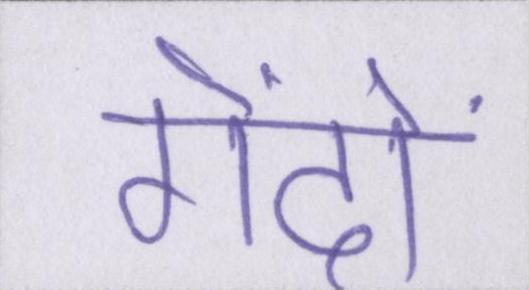
गेंदों